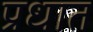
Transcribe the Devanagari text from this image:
प्रधात